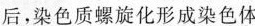
后，染色质螺旋化形成染色体